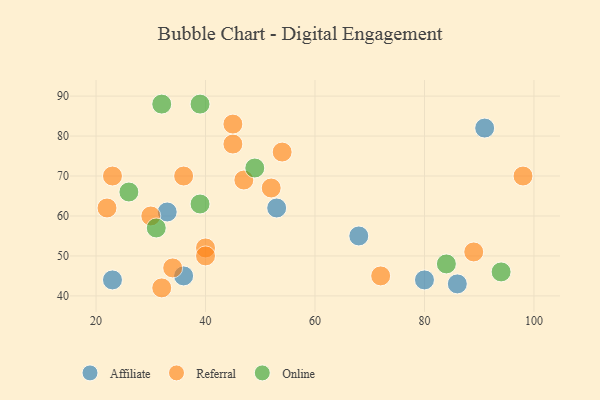
{"axis": {"x": "GDP", "y": "Life Expectancy"}, "legend": ["Affiliate", "Online", "Referral"], "data": [{"x": "36", "y": 45, "type": "Affiliate"}, {"x": "68", "y": 55, "type": "Affiliate"}, {"x": "86", "y": 43, "type": "Affiliate"}, {"x": "80", "y": 44, "type": "Affiliate"}, {"x": "91", "y": 82, "type": "Affiliate"}, {"x": "33", "y": 61, "type": "Affiliate"}, {"x": "23", "y": 44, "type": "Affiliate"}, {"x": "53", "y": 62, "type": "Affiliate"}, {"x": "34", "y": 47, "type": "Referral"}, {"x": "40", "y": 52, "type": "Referral"}, {"x": "45", "y": 78, "type": "Referral"}, {"x": "89", "y": 51, "type": "Referral"}, {"x": "22", "y": 62, "type": "Referral"}, {"x": "45", "y": 83, "type": "Referral"}, {"x": "30", "y": 60, "type": "Referral"}, {"x": "23", "y": 70, "type": "Referral"}, {"x": "98", "y": 70, "type": "Referral"}, {"x": "47", "y": 69, "type": "Referral"}, {"x": "52", "y": 67, "type": "Referral"}, {"x": "40", "y": 50, "type": "Referral"}, {"x": "54", "y": 76, "type": "Referral"}, {"x": "72", "y": 45, "type": "Referral"}, {"x": "36", "y": 70, "type": "Referral"}, {"x": "32", "y": 42, "type": "Referral"}, {"x": "39", "y": 63, "type": "Online"}, {"x": "31", "y": 57, "type": "Online"}, {"x": "49", "y": 72, "type": "Online"}, {"x": "94", "y": 46, "type": "Online"}, {"x": "26", "y": 66, "type": "Online"}, {"x": "39", "y": 88, "type": "Online"}, {"x": "84", "y": 48, "type": "Online"}, {"x": "32", "y": 88, "type": "Online"}]}